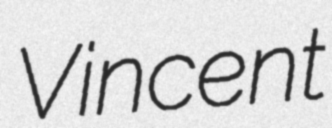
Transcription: Vincent